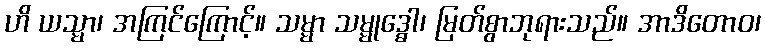
ဟိ ယသ္မာ၊ အကြင်ကြောင့်။ သမ္မာ သမ္မုဒ္ဓော၊ မြတ်စွာဘုရားသည်။ အာဒိတောဝ၊